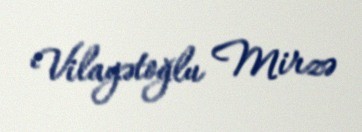
Vilayətoğlu Mirzə